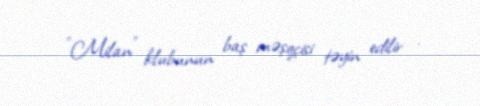
"Milan" klubunun baş məşqçisi təyin edilir .